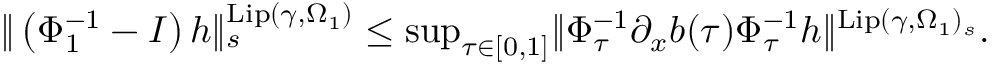
\begin{array} { r } { \rVert \left( \Phi _ { 1 } ^ { - 1 } - I \right) h \rVert _ { s } ^ { \mathrm { L i p } ( \gamma , \Omega _ { 1 } ) } \le \operatorname* { s u p } _ { \tau \in [ 0 , 1 ] } \rVert \Phi _ { \tau } ^ { - 1 } \partial _ { x } b ( \tau ) \Phi _ { \tau } ^ { - 1 } h \rVert ^ { \mathrm { L i p } ( \gamma , \Omega _ { 1 } ) _ { s } } . } \end{array}